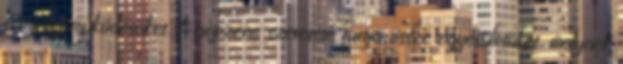
fémjelzi működésüket. A népzene szeretete tartja össze egyesületüket, melynek